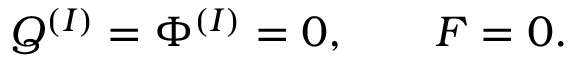
Q ^ { ( I ) } = \Phi ^ { ( I ) } = 0 , \qquad F = 0 .